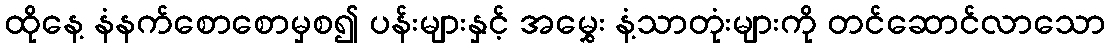
ထိုနေ့ နံနက်စောစောမှစ၍ ပန်းများနှင့် အမွှေး နံ့သာတုံးများကို တင်ဆောင်လာသော